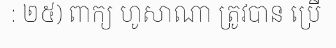
: ២៥) ពាក្យ ហូសាណា ត្រូវបាន ប្រើ